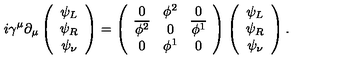
i \gamma ^ { \mu } \partial _ { \mu } \left( \begin{array} { c } { \psi _ { L } } \\ { \psi _ { R } } \\ { \psi _ { \nu } } \\ \end{array} \right) = \left( \begin{array} { c c c } { 0 } & { \phi ^ { 2 } } & { 0 } \\ { \overline { { \phi ^ { 2 } } } } & { 0 } & { \overline { { \phi ^ { 1 } } } } \\ { 0 } & { \phi ^ { 1 } } & { 0 } \\ \end{array} \right) \left( \begin{array} { c } { \psi _ { L } } \\ { \psi _ { R } } \\ { \psi _ { \nu } } \\ \end{array} \right) .